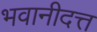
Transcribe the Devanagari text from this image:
भवानीदत्त